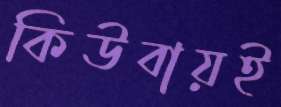
কিউবায়ই